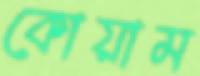
কোয়াম